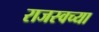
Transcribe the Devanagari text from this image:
राजस्वच्या